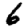
Digit: 6